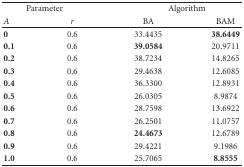
| <COLSPAN=2> Parameter | <COLSPAN=2> Algorithm |
 | A | r | BA | BAM |
 | --- | --- | --- | --- |
 | 0 | 0.6 | 33.4435 | 38.6449 |
 | 0.1 | 0.6 | 39.0584 | 20.9711 |
 | 0.2 | 0.6 | 38.7234 | 14.8265 |
 | 0.3 | 0.6 | 29.4638 | 12.6085 |
 | 0.4 | 0.6 | 36.3300 | 12.8931 |
 | 0.5 | 0.6 | 26.0305 | 8.9874 |
 | 0.6 | 0.6 | 28.7598 | 13.6922 |
 | 0.7 | 0.6 | 26.2501 | 11.0757 |
 | 0.8 | 0.6 | 24.4673 | 12.6789 |
 | 0.9 | 0.6 | 29.4221 | 9.1986 |
 | 1.0 | 0.6 | 25.7065 | 8.8555 |